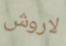
لاروش